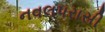
નવલપરાસી